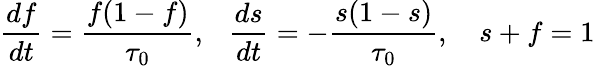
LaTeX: \displaystyle\frac{d{f}}{dt}=\frac{{f}(1-{f})}{\tau_{0}},~~~\displaystyle\frac{d{s}}{dt}=-\frac{{s}(1-{s})}{\tau_{0}},~~~~s+f=1